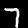
Label: 7